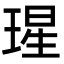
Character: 瑆